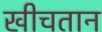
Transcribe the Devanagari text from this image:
खीचतान